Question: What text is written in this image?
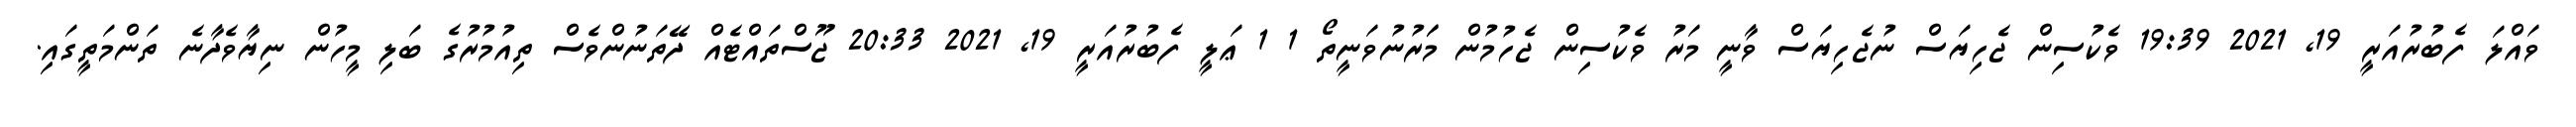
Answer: ވައްލަ ފެބުރުއަރީ 19, 2021 19:39 ވެކުސިން ޖެހިޔަސް ނުޖެހިޔަސް ވާނީ މަރު ވެކުސިން ޖެހުމުން މަަރުނުވަނީތޯ 1 1 ޢަލީ ފެބުރުއަރީ 19, 2021 20:33 ޖޫސްތައްޓެއް ދޭތަނުންވެސް ތިއުމުރުގެ ބަލި މީހުން ނިޔާވެދާނެ ތަންމަތީގައި.